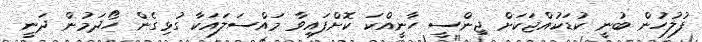
ފުލުހުން ބުނީ ކުޑަކުއްޖަކަށް ޖިންސީ ހާނީއްކަ ކޮށްފައިވާ މައްސަލައަކާ ގުޅިގެން ހޯދަމުން ދަނީ